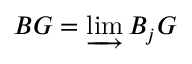
B G = \varinjlim B _ { j } G